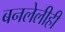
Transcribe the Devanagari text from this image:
बनलेलीही